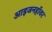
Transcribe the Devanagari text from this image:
आइजनहॉवर